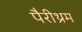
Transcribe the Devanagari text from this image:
पैरीथ्रम